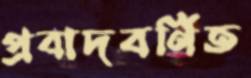
প্রবাদবর্ণিত